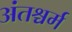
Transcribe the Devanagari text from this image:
अंतश्चर्म